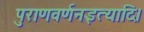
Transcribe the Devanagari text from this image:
पुराणवर्णनइत्यादि।